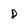
Character: D